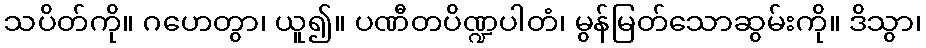
သပိတ်ကို။ ဂဟေတွာ၊ ယူ၍။ ပဏီတပိဏ္ဍပါတံ၊ မွန်မြတ်သောဆွမ်းကို။ ဒိသွာ၊